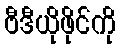
ဗီဒီယိုဖိုင်ကို